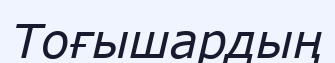
Тоғышардың